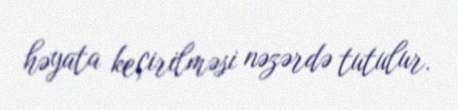
həyata keçirilməsi nəzərdə tutulur.